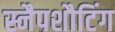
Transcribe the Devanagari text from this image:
स्नैपशौटिंग